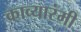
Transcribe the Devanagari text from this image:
काव्यारंमी